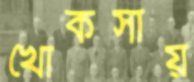
খোকসায়